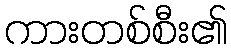
ကားတစ်စီး၏